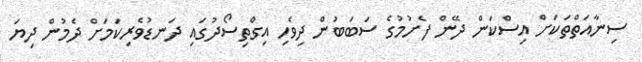
ސިނާއަތްތަކަށް އިސްކަން ދޭން ފެށުމުގެ ސަބަބުން ދިވެހި އިގްތިސޯދުގައި ދަނޑުވެރިކަމަށް ދެމުން ދިޔަ